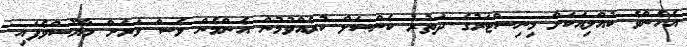
އެހެންވެ ކުއްލިއަކަށް މިނިސްޓަރުގެ ދަތުރު ކެންސަލް ކުރެއްވުމުން އެންމެން ވެސް ވަރަށް މާޔޫސްވެފައި